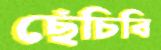
ছেঁচিবি